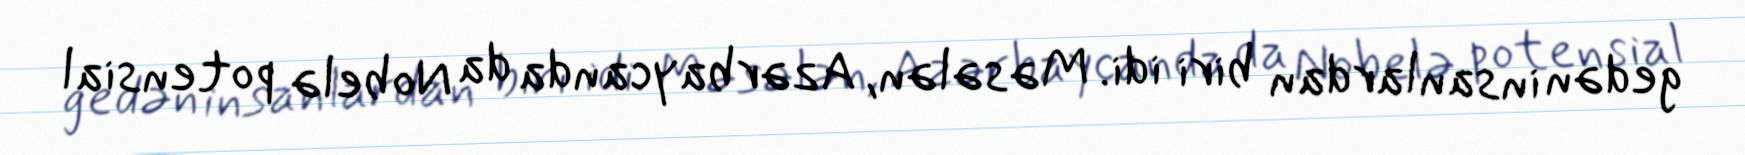
gedən insanlardan biri idi. Məsələn, Azərbaycanda da Nobelə potensial